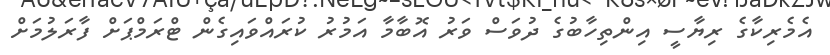
އެމެރިކާގެ ރިޔާސީ އިންތިހާބުގެ ދުވަސް ވަރު އޮބާމާ އަމުރު ކުރައްވައިގެން ޓްރަމްޕަށް ފާރަލުމަށް